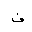
Letter: _fa